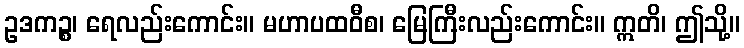
ဥဒကဉ္စ၊ ရေလည်းကောင်း။ မဟာပထဝီစ၊ မြေကြီးလည်းကောင်း။ ဣတိ၊ ဤသို့။